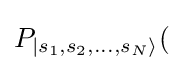
P_{|s_{1},s_{2},...,s_{N}\rangle }(